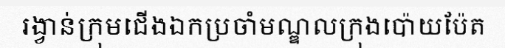
រង្វាន់ក្រុមជើងឯកប្រចាំមណ្ឌលក្រុងប៉ោយប៉ែត